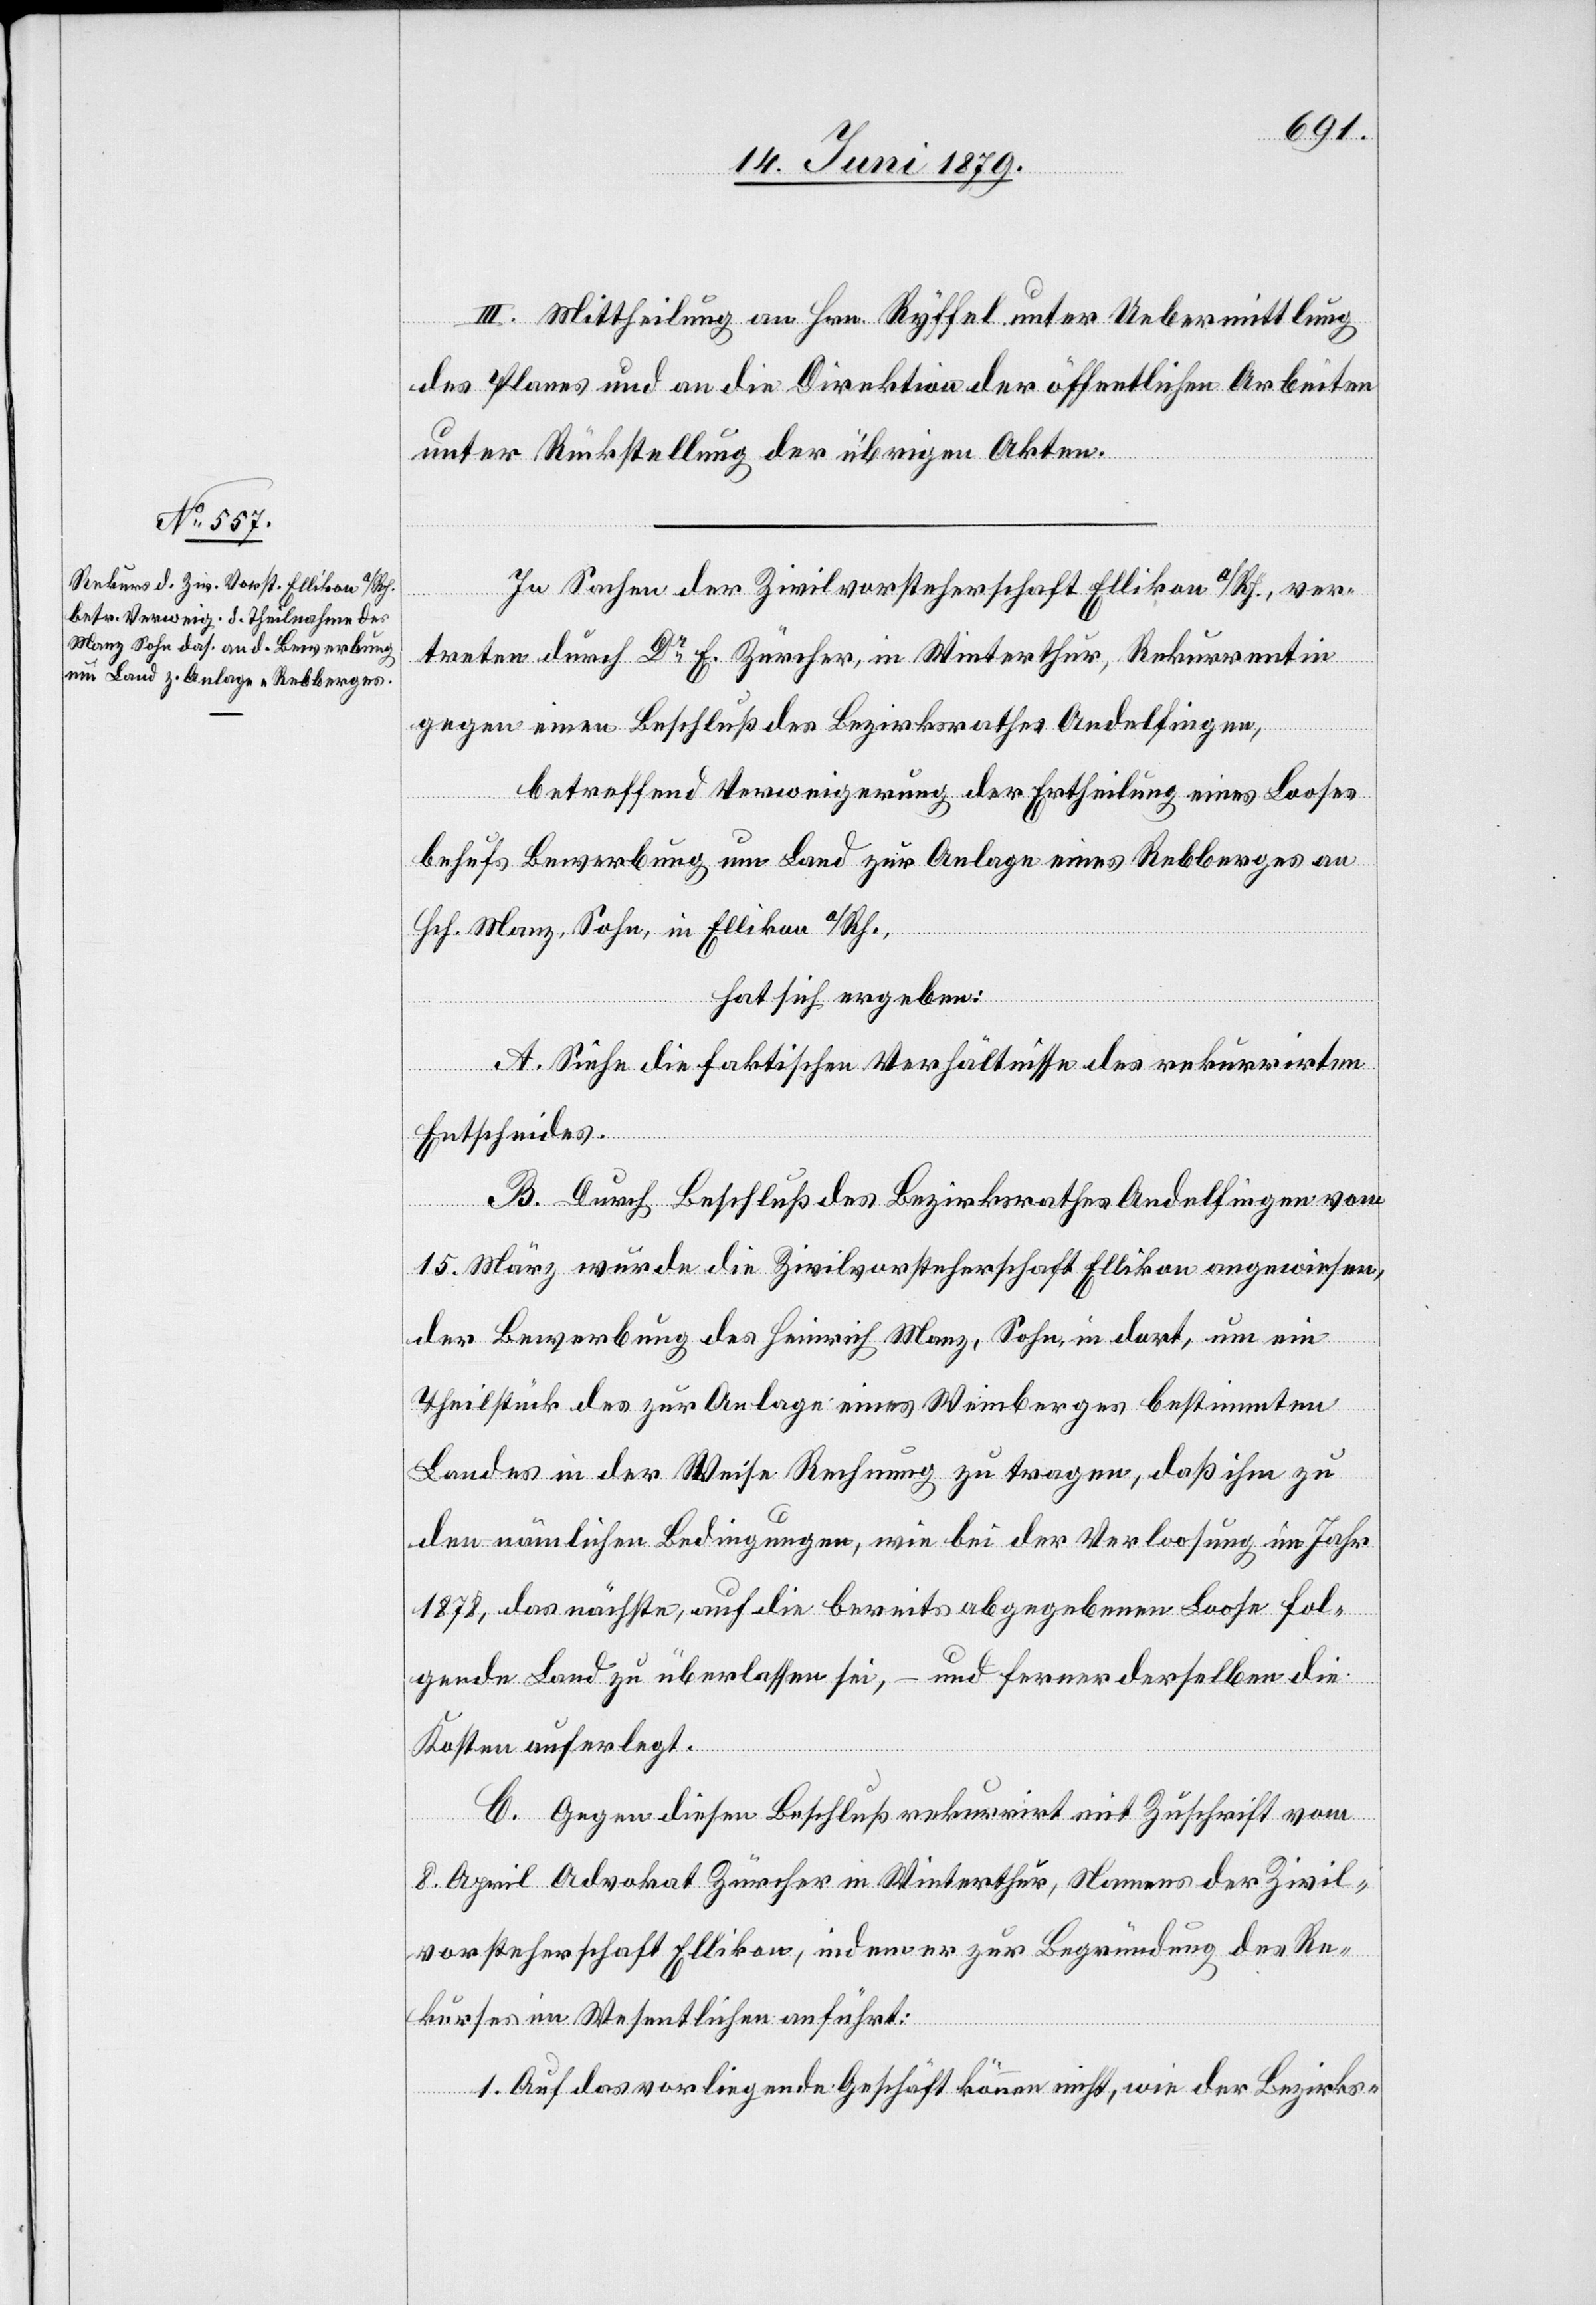
III. Mittheilung an Hrn. Ryffel unter Uebermittlung
des Planes und an die Direktion der öffentlichen Arbeiten
unter Rückstellung der übrigen Akten.
In Sachen der Zivilvorsteherschaft Ellikon a/Rh., ver¬
treten durch Dr E. Zürcher, in Winterthur, Rekurrentin
gegen einen Beschluß des Bezirksrathes Andelfingen,
betreffend Verweigerung der Ertheilung eines Looses
behufs Bewerbung um Land zur Anlage eines Rebberges an
Hch. Manz, Sohn, in Ellikon a/Rh.
hat sich ergeben:
A. Siehe die faktischen Verhältnisse des rekurrirten
Entscheides.
B. Durch Beschluß des Bezirksrathes Andelfingen vom
15. März wurde die Zivilvorsteherschaft Ellikon angewiesen,
der Bewerbung des Heinrich Manz, Sohn, in dort, um ein
Theilstück des zur Anlage eines Weinberges bestimmten
Landes in der Weise Rechnung zu tragen, daß ihm zu
den nämlichen Bedingungen, wie bei der Verloosung im Jahr
1878, das nächste, auf die bereits abgegebenen Loose fol¬
gende Land zu überlassen sei, – und ferner derselben die
Kosten auferlegt.
C. Gegen diesen Beschluß rekurrirt mit Zuschrift vom
8. April Advokat Zürcher in Winterthur, Namens der Zivil¬
vorsteherschaft Ellikon, indem er zur Begründung des Re¬
kurses im Wesentlichen anführt:
1. Auf das vorliegende Geschäft können nicht, wie der Bezirks-